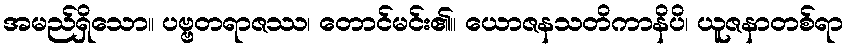
အမည်ရှိသော။ ပဗ္ဗတရာဇဿ၊ တောင်မင်း၏။ ယောဇနသတိကာနိပိ၊ ယူဇနာတစ်ရာ